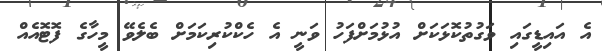
އެ އައިޑީގައި ވަގުތުކޮޅަކަށް އުޅުމަށްފަހު ވަނީ އެ ހެކްކުރިކަމަށް ބެލެވޭ މީހާގެ ފޮޓޮއެއް